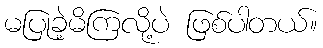
မပြုခဲ့မိကြလို့ပဲ ဖြစ်ပါတယ်။